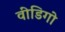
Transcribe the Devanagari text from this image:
वींडिगो